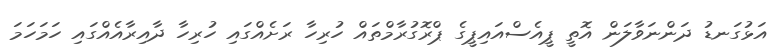
އަޅުގަނޑު ދަންނަވާލަން އޮތީ ޕީއެސްއައިޕީގެ ޕްރޮގުރާމްތައް ހުރިހާ ރަށެއްގައި ހުރިހާ ދާއިރާއެއްގައި ހަމަހަމަ